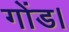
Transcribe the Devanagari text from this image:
गोंड।